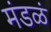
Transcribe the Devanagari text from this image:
मंडळं